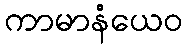
ကာမာနံယေဝ